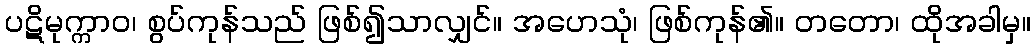
ပဋိမုက္ကာဝ၊ စွပ်ကုန်သည် ဖြစ်၍သာလျှင်။ အဟေသုံ၊ ဖြစ်ကုန်၏။ တတော၊ ထိုအခါမှ။